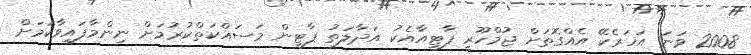
2008 ވަނަ އަހަރެކޭ އެއްގޮތަށް ޖުމްހޫރީ ޕާޓީއާއެކު އަދާލަތު ޕާޓީން މަސައްކަތްކުރުމަށް ނިންމާފައިވާކަމަށް